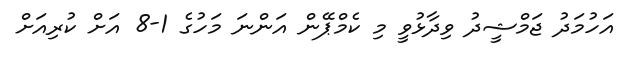
އަހުމަދު ޖަމްޝީދު ވިދާޅުވީ މި ކެމްޕޭން އަންނަ މަހުގެ 1-8 އަށް ކުރިއަށް